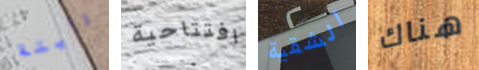
رأيتة افتتاحية الشقية هناك